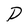
Character: D